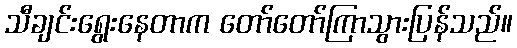
သီချင်းရွေးနေတာက တော်တော်ကြာသွားပြန်သည်။